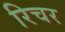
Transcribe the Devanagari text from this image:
रिचर